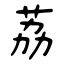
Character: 荔